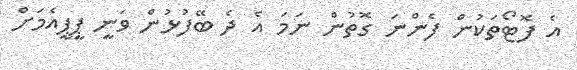
އެ ފޮޓޯތަކުން ފެންނަ ގޮތުން ނަމަ އެ ދެ ބޭފުޅުން ވަނީ ޕީޕީއެމަށް